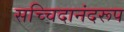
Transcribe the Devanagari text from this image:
सच्चिदानंदरूप